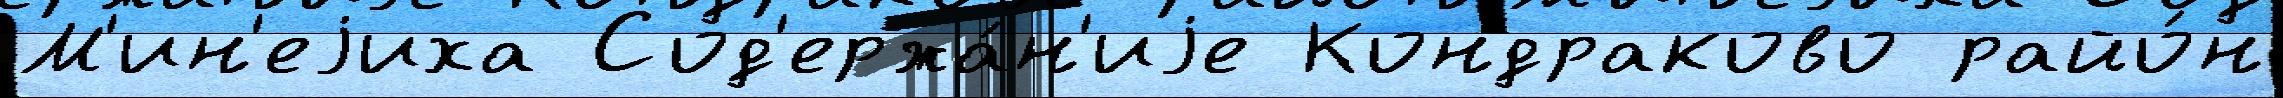
М'ин'еjиха Сод'ержа́н'иjе Кондраково райо́н